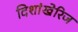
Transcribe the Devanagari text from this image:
दिशांखेरिज